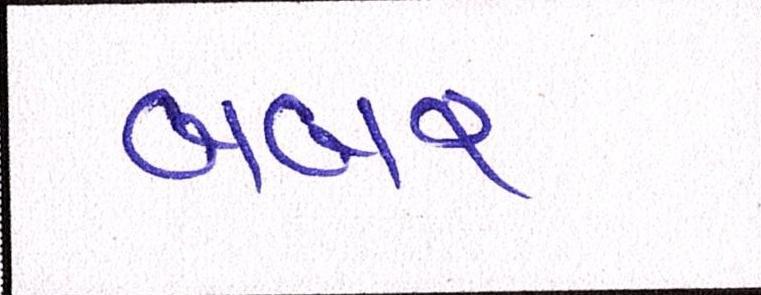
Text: બબર